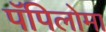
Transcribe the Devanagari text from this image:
पॅपिलोमा